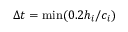
\Delta t = \operatorname* { m i n } ( 0 . 2 { h _ { i } } / { c _ { i } } )